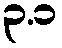
၃.၁